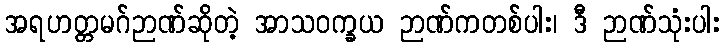
အရဟတ္တမဂ်ဉာဏ်ဆိုတဲ့ အာသဝက္ခယ ဉာဏ်ကတစ်ပါး၊ ဒီ ဉာဏ်သုံးပါး